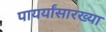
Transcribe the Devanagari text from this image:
पायर्यांसारख्या